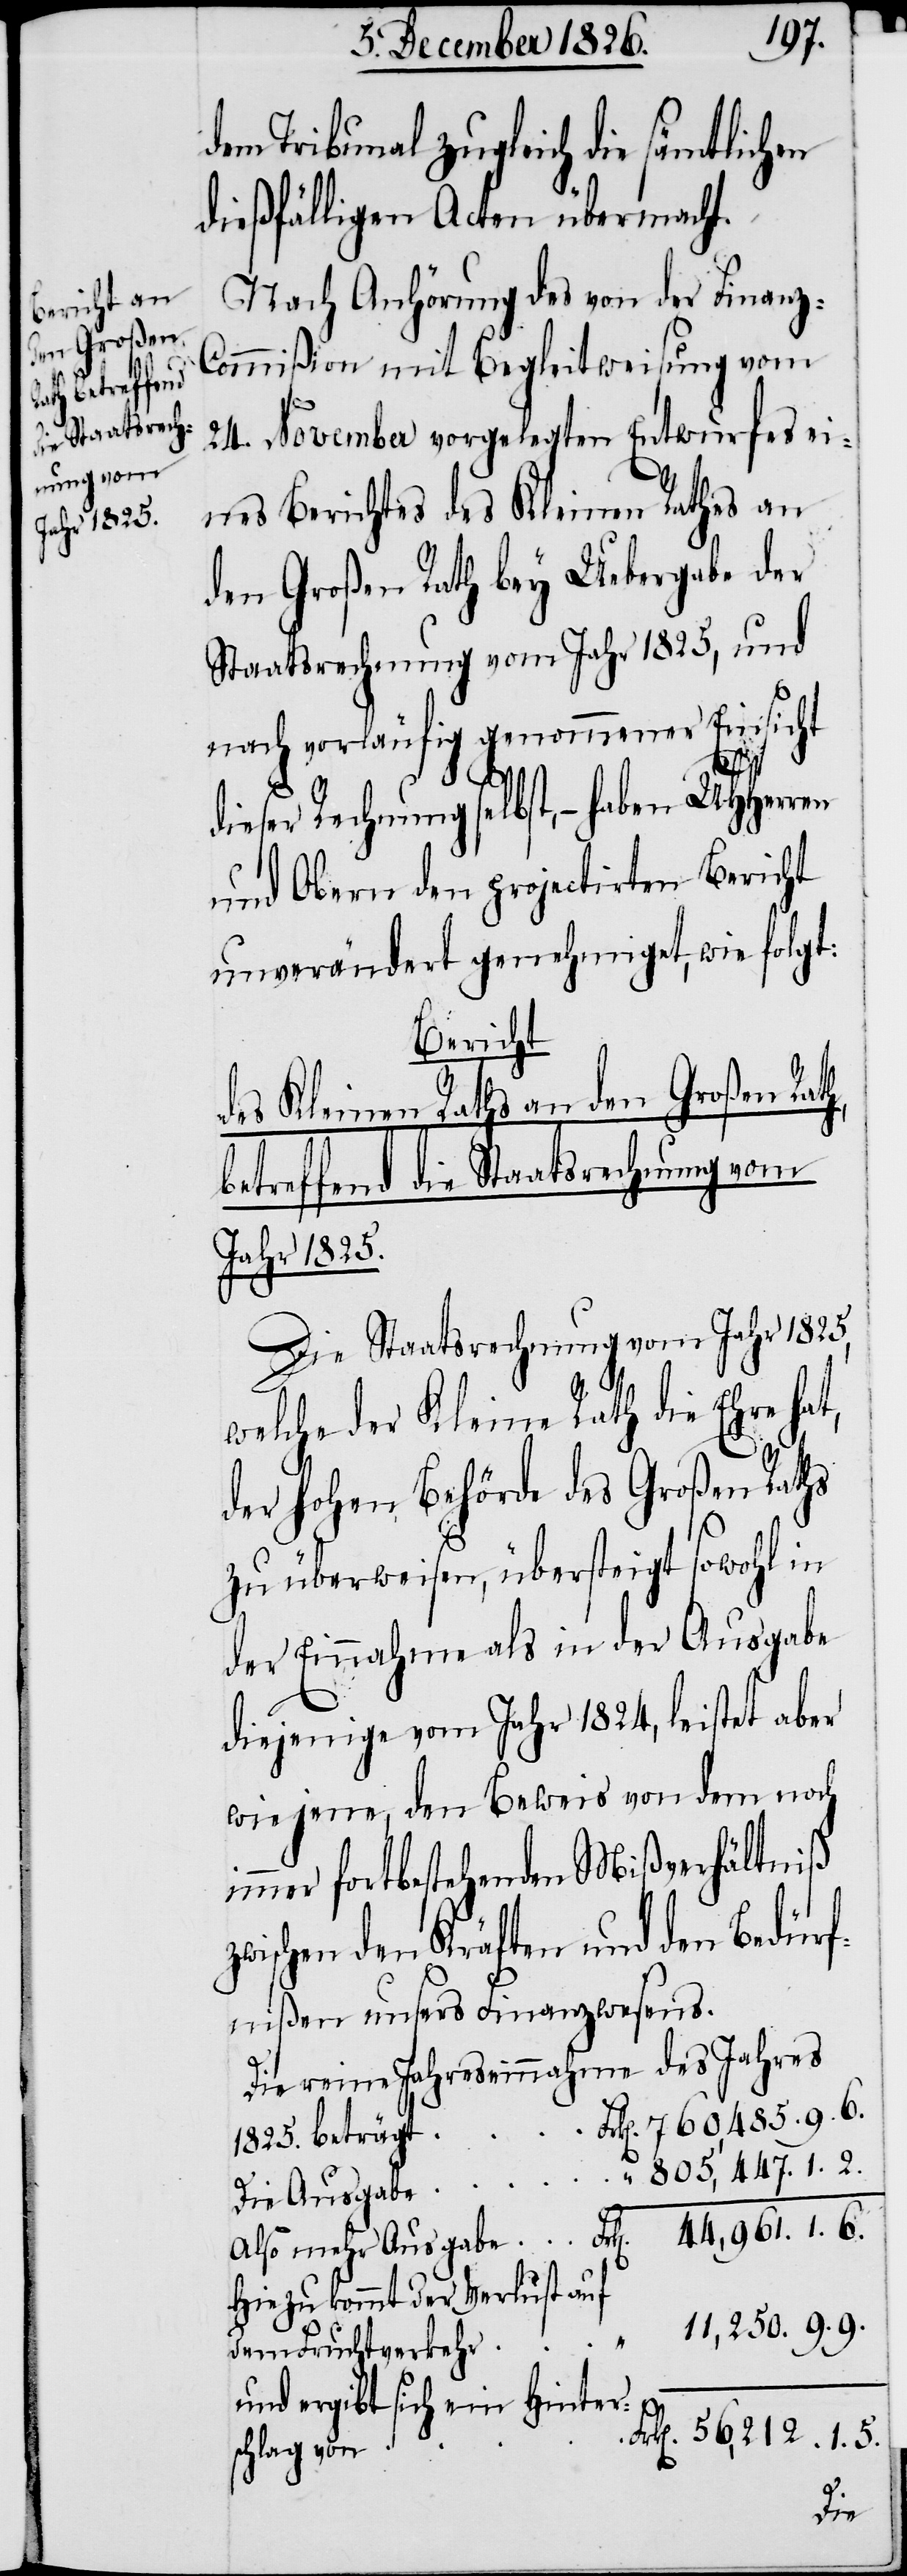
dem Tribunal zugleich die sämtlichen
dießfälligen Acten übermacht.
Nach Anhörung des von der Finanz-C¬
ommißion mit Begleitweisung vom
24. November vorgelegten Entwurfes ei¬
nes Berichtes des Kleinen Rathes an
den Großen Rath bey Uebergabe der
Staatsrechnung vom Jahr 1825, und
nach vorläufig genommener Einsicht
dieser Rechnung selbst, – haben
und Obern den projectirten Bericht
unverändert genehmiget, wie folgt:
Bericht
des Kleinen Raths an den Großen Rat¬
betreffend die Staatsrechnung vom
Jahr 1825.
Die Staatsrechnung vom Jahr 1825,
welche der Kleine Rath die Ehre hat,
der hohen Behörde des Großen Raths
zu überweisen, übersteigt sowohl in
der Einnahme als in der Ausgabe
diejenige vom Jahr 1824, leistet aber
wie jene, den Beweis von dem noch
immer fortbestehenden Mißverhältniß
zwischen den Kräften und den Bedürf¬
nißen unsers Finanzwesens.
Die reine Jahreseinnahme des Jahres
Frk[en]. 760,485. 9. 6
1825. beträgt
" 805,447. 1. 2.
mehr Ausgabe
Hiezu kommt der Verlust auf
11,250. 9. 9.
1.
dem Fruchtverkehr
und ergibt sich ein Hinter¬
rk[en]. 56,212. 1. 5.
schlag von
F¬